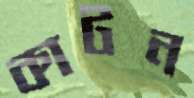
কাটন